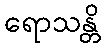
ရောသန္တိ